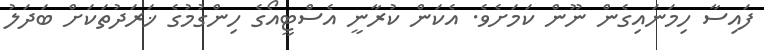
ފައިސާ ހިމަނައިގެން ނޫން ކަމަށެވެ. އެކަން ކުރާނީ އެސްޓީއޯގެ ހިންގުމުގެ ޚަރަދުތަކަށް ބަދަލު